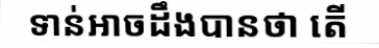
ទាន់អាចដឹងបានថា តើ